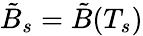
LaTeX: \tilde{B}_{s}=\tilde{B}(T_{s})